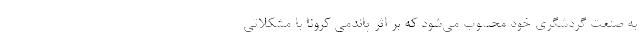
به صنعت گردشگری خود محسوب می‌شود که بر اثر پاندمی کرونا با مشکلاتی